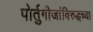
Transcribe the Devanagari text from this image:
पोर्तुगीजांविरुद्धच्या